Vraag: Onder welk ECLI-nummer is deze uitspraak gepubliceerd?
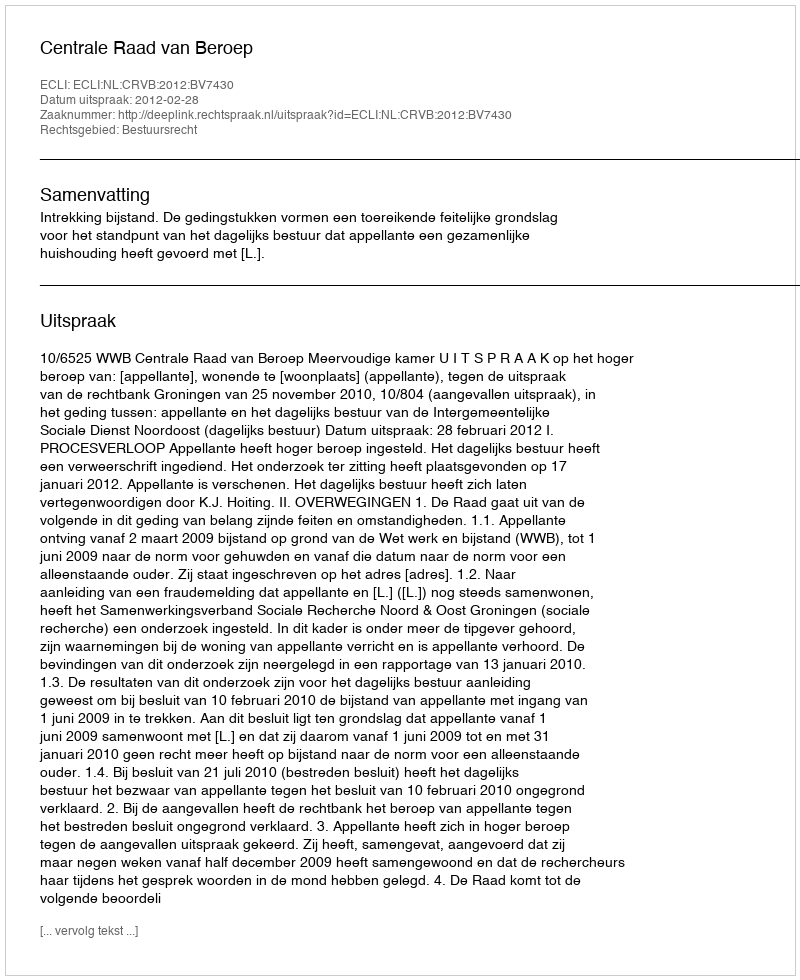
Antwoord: ECLI:NL:CRVB:2012:BV7430